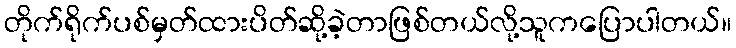
တိုက်ရိုက်ပစ်မှတ်ထားပိတ်ဆို့ခဲ့တာဖြစ်တယ်လို့သူကပြောပါတယ်။